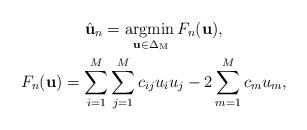
LaTeX: \begin{gather*}\hat{\mathbf{u}}_n=\underset{\mathbf{u} \in \mathrm{\Delta_M}}{\operatorname{argmin\,}}F_n(\mathbf{u}),\\F_n(\mathbf{u})=\sum\limits_{i=1}^M\sum\limits_{j=1}^M c_{ij} u_i u_j - 2 \sum\limits_{m=1}^M c_m u_m,\end{gather*}